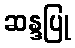
ဆန္ဒပြု